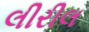
લીરીલ